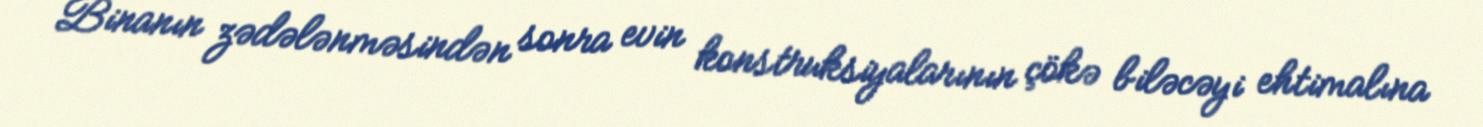
Binanın zədələnməsindən sonra evin konstruksiyalarının çökə biləcəyi ehtimalına